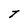
Character: T